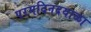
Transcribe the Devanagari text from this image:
परमदिनदयाळा